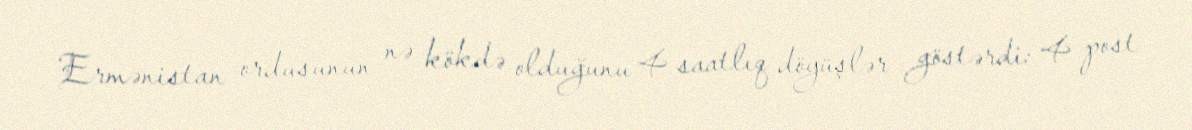
Ermənistan ordusunun nə kökdə olduğunu 4 saatlıq döyüşlər göstərdi: 4 post